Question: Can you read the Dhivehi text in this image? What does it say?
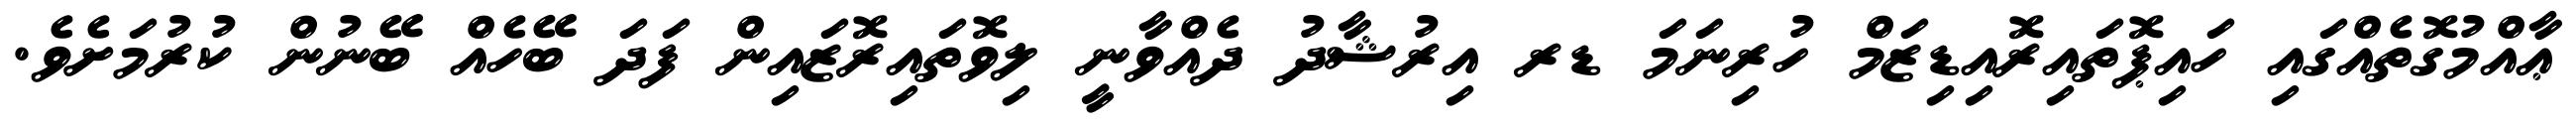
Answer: ޢާއްމުގޮތެއްގައި ހައިޕޮތައިރޮއިޑިޒަމް ހުރިނަމަ ޑރ އިރުޝާދު ދެއްވާނީ ލިވޮތައިރޮޒައިން ފަދަ ބޭހެއް ބޭނުން ކުރުމަށެވެ.